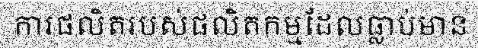
ការផលិតរបស់ផលិតកម្មដែលធ្លាប់មាន